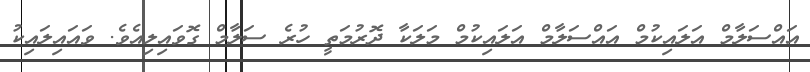
އައްސަލާމް އަލައިކުމް އައްސަލާމް އަލައިކުމް މަލަކާ ދޮރުމަތީ ހުރެ ސަލާމް ގޮވައިލިއެވެ. ވައައިލައިކު